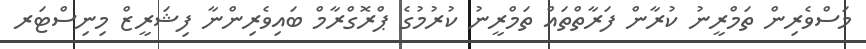
މަސްވެރިން ތަމްރީނު ކުރާން ފަރާތްތައް ތަމްރީނު ކުުރުމުގެ ޕްރޮގްރާމް ބައިވެރިންނާ ފިޝަރީޒް މިނިސްޓަރ